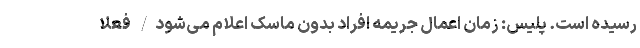
رسیده است. پلیس: زمان اعمال جریمه افراد بدون ماسک اعلام می‌شود/ فعلا